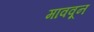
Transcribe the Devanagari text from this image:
माववून